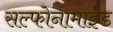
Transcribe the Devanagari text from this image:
सल्फोनामाईड